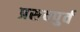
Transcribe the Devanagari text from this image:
प्रसवपुर्व